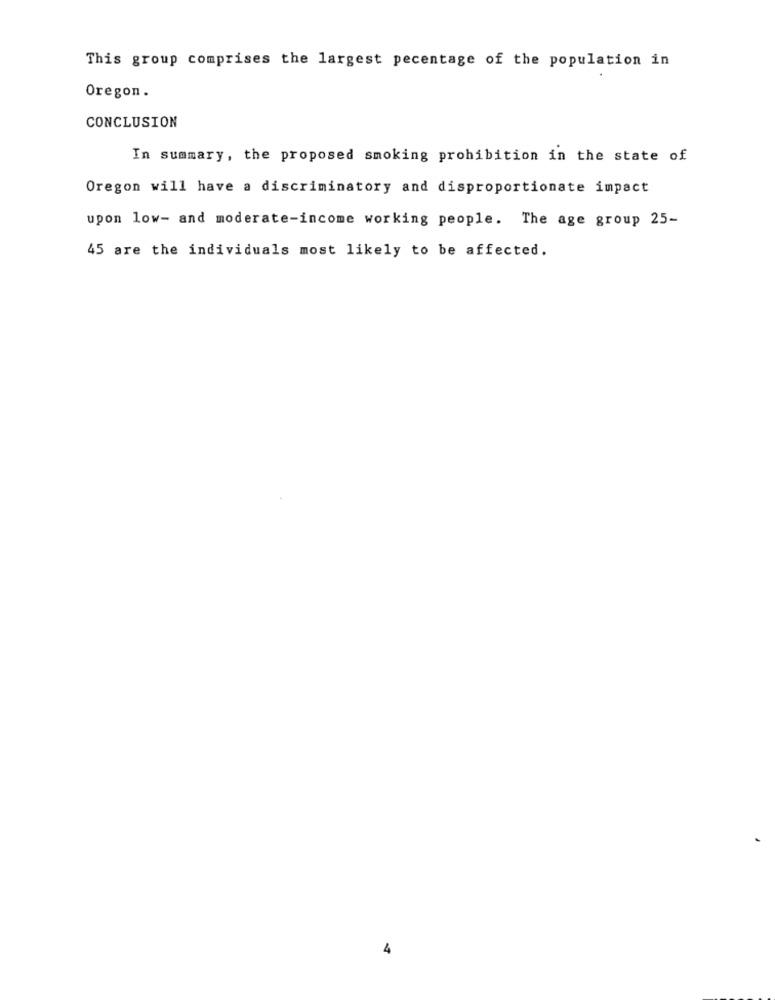
This group comprises the largest pecentage of the population in
Oregon.
CONCLUSION
In summary, the proposed smoking prohibition in the state of
Oregon will have a discriminatory and disproportionate impact
upon low- and moderate-income working people. The age group 25-
45 are the individuals most likely to be affected.